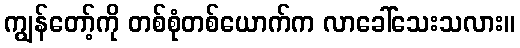
ကျွန်တော့်ကို တစ်စုံတစ်ယောက်က လာခေါ်သေးသလား။